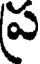
ప్ర